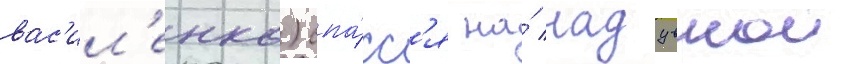
вас'ил'енко) спа́сс'я на́ надувнои